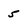
Character: 5